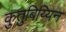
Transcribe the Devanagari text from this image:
कुतुबिय्यिन